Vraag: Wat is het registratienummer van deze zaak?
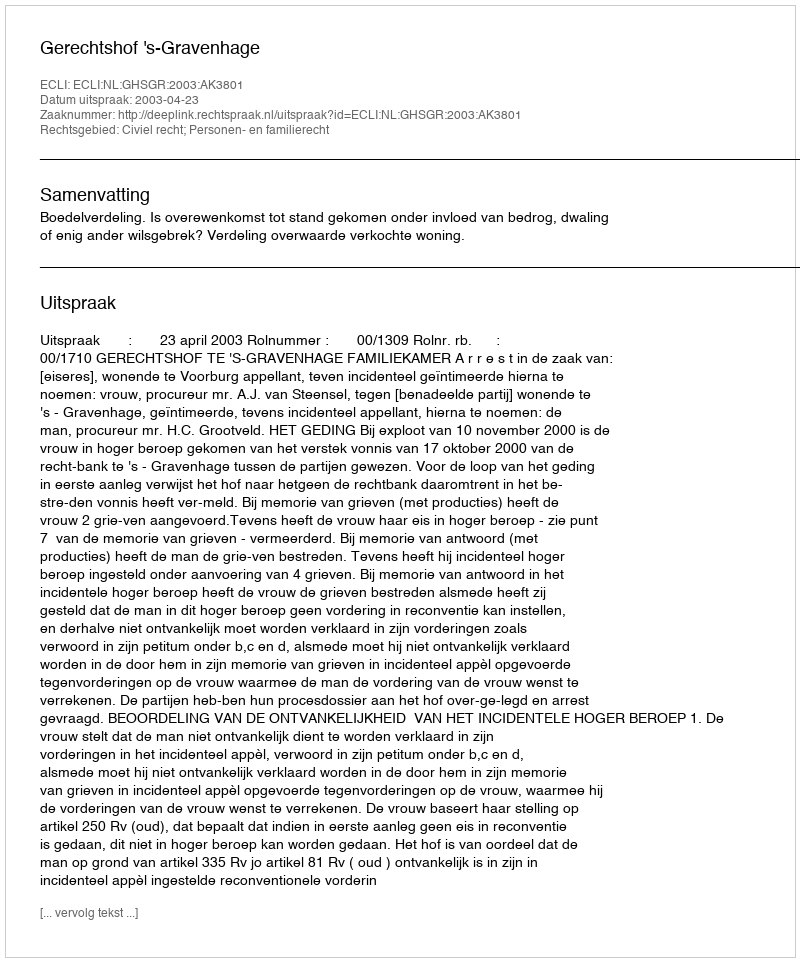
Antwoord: http://deeplink.rechtspraak.nl/uitspraak?id=ECLI:NL:GHSGR:2003:AK3801